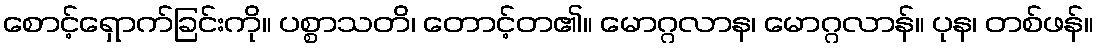
စောင့်ရှောက်ခြင်းကို။ ပစ္စာသတိ၊ တောင့်တ၏။ မောဂ္ဂလာန၊ မောဂ္ဂလာန်။ ပုန၊ တစ်ဖန်။